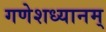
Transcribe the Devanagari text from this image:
गणेशध्यानम्